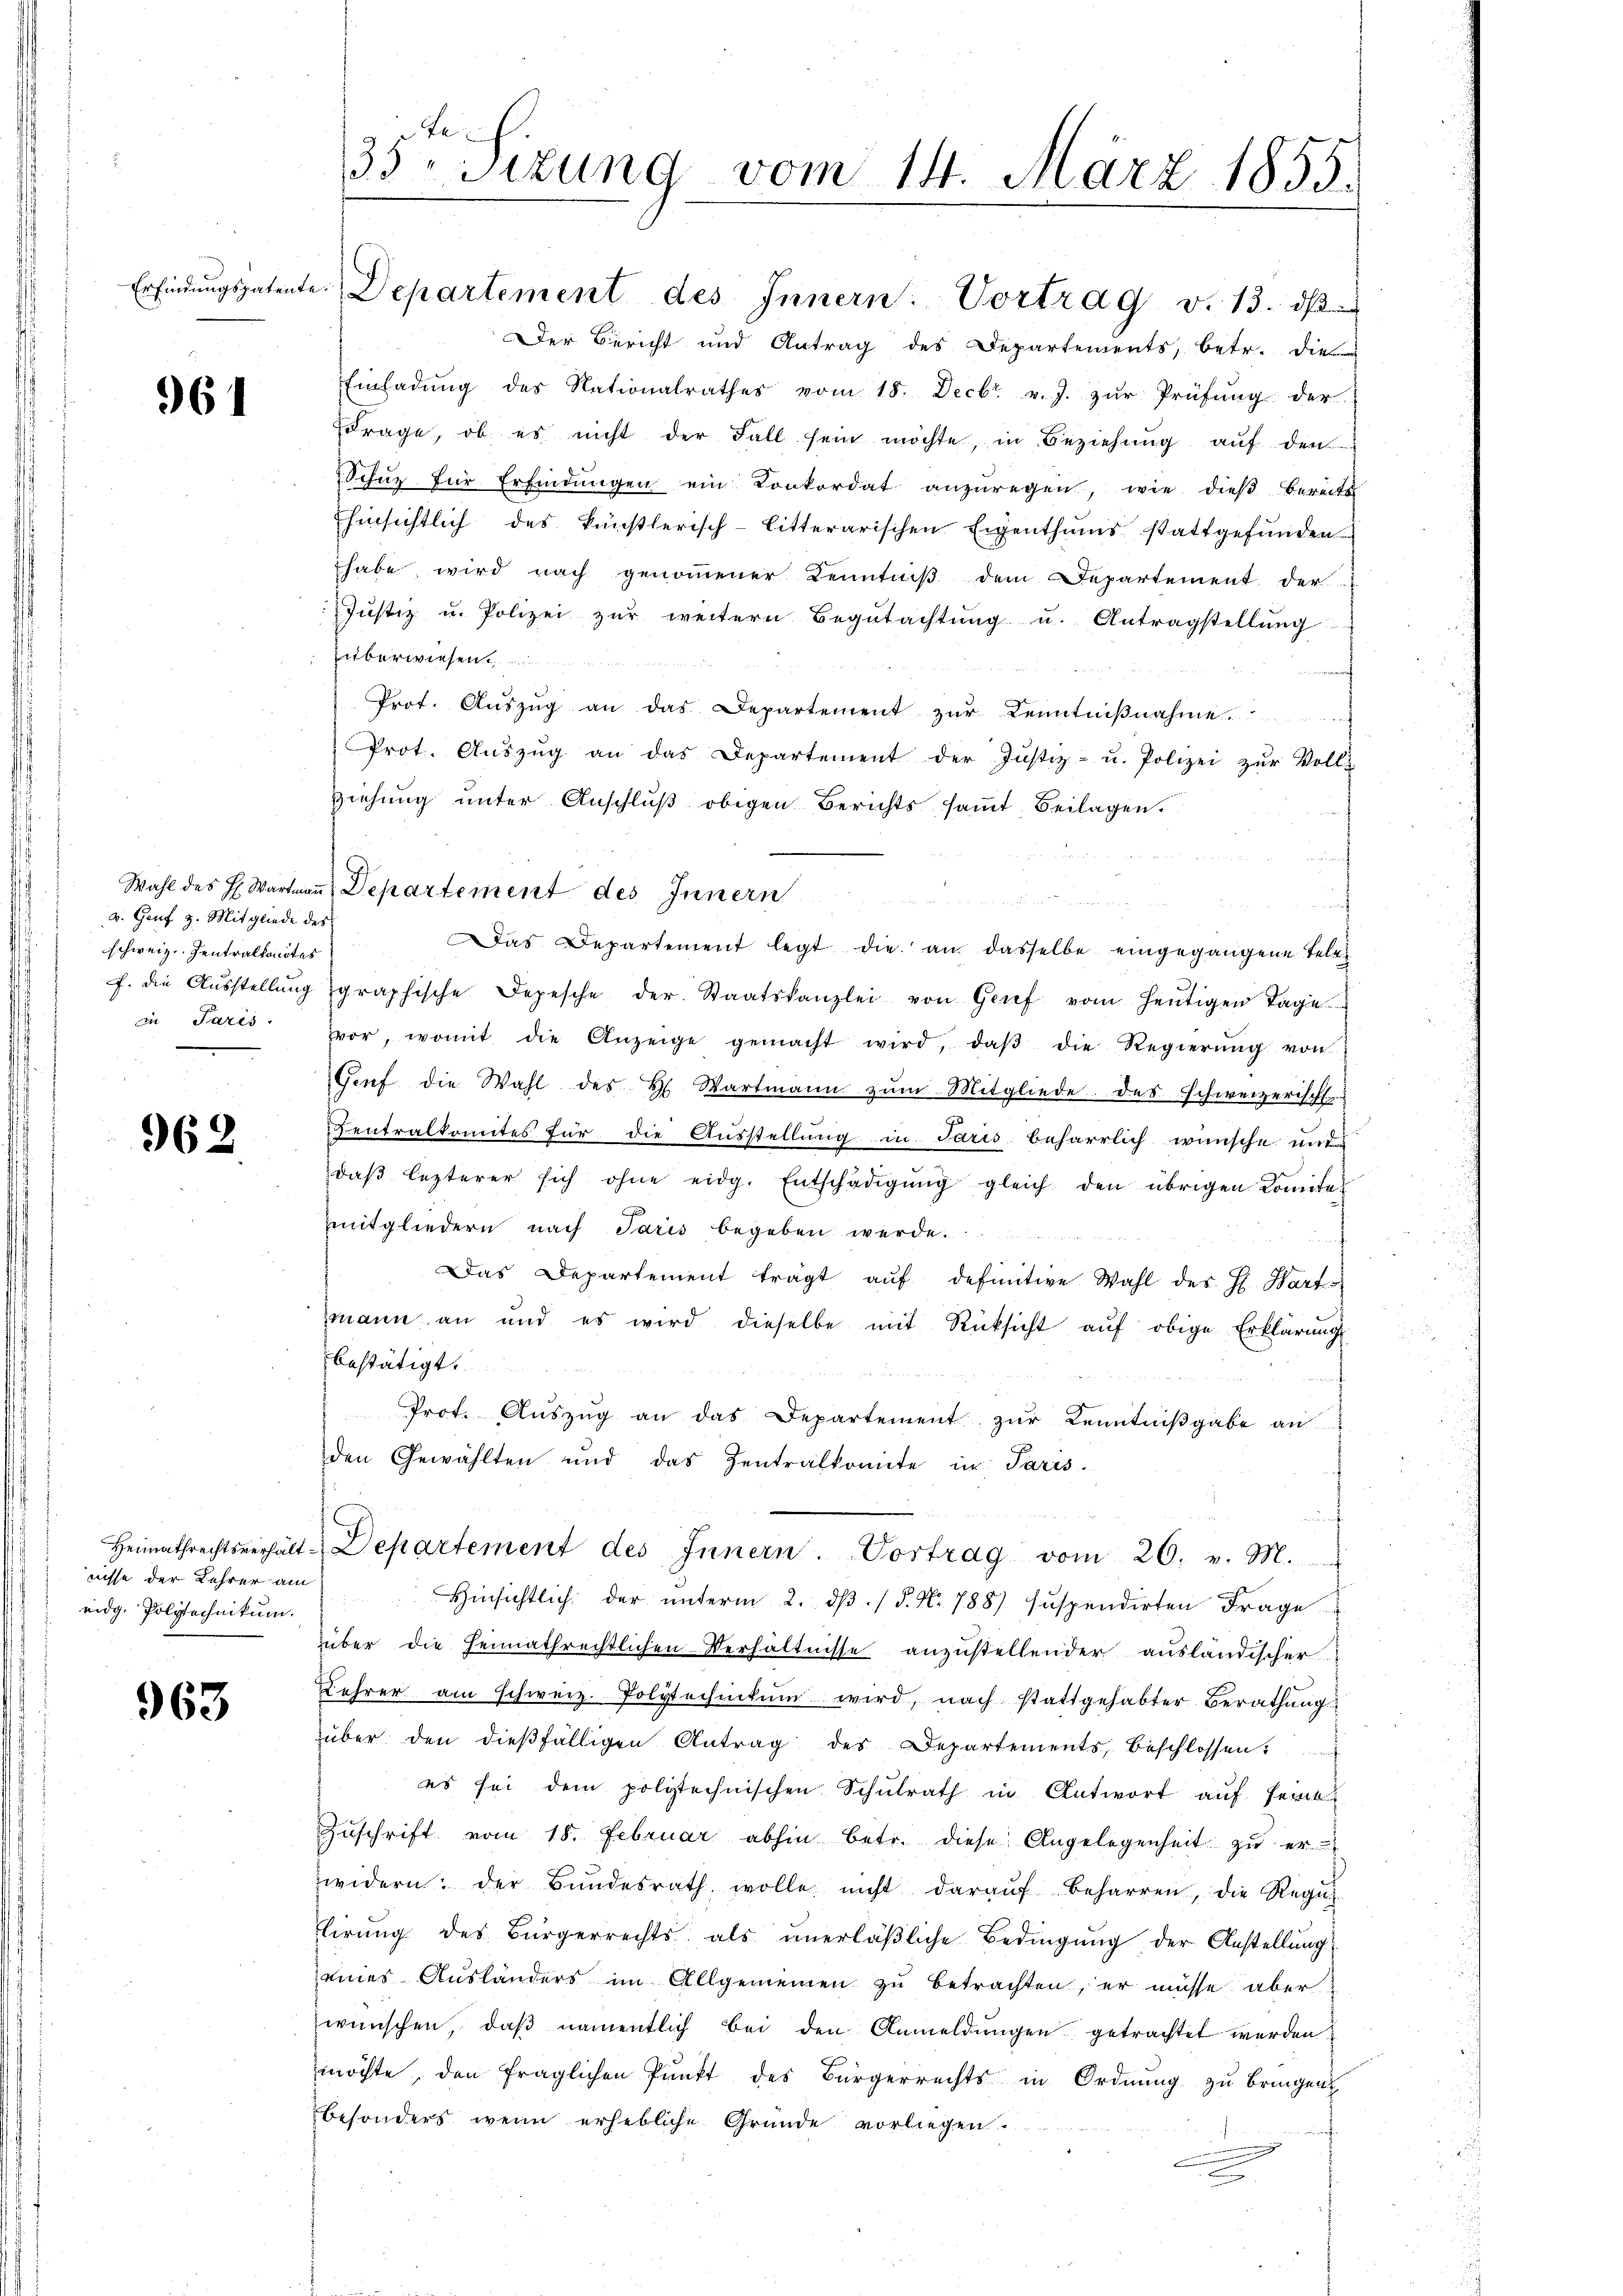
961

v. Genf z. Mitgliede des
schweiz. Zentralkontes
in Paris.

962

nisse der Lehrer am
eidg. Polytechnikum.

963

35. Sitzung vom 14. März 1855.

Erfindŭngspatente. Departement des Innern: Vortrag v. 13. ds
Der Bericht und Antrag des Departements, betr. die
Einladung des Nationalrathes vom 18. Decbr v. J. zŭr Prüfung der
Frage, ob es nicht der Fall sein möchte, in Beziehung auf den
Schŭz für Erfindungen ein Konkordat anzuregen, wie dieß bereits
hinsichtlich des künstlerisch-litterarischen Eigenthums stattgefunden
habe, wird nach genommener Kenntniß dem Departement der
Jŭstiz u. Polizei zŭr weitern Begŭtachtŭng u. Antragstellŭng
uüberwiesen.
Prot. Aŭszŭg an das Departement zŭr Kenntniβnahme.
Prot. Aŭszŭg an das Departement der Justiz- u. Polizei zŭr Volls
ziehung unter Anschluß obigen Berichts samt Beilagen.
in
Das Departement legt die an dasselbe eingegangene Tele
f. die Aŭsstellŭng graphische Depesche der Staatskanzlei von Grief vom heutigen Tage
vor, womit die Anzeige gemacht wird, daβ die Regierŭng von
Genf die Wahl des H. Wartmann zum Mitgliede des Schweizerische
s
entralkomites für die Ausstellung in Paris beharrlich wünsche mit
daβ lezterer sich ohne eidg. Entschädigŭng gleich den übrigen Komite-
mmitgliedern nach Paris begeben werde.
Das Departement trägt aŭf definitive Wahl des H. Hart
mann an und es wird dieselbe mit Rücksicht aŭf obige Erklärŭngs
bestätigt
Prot. Aŭszŭg an das Departement zŭr Kenntniβgabe an
den Gewählten und das Zentralkomite im Paris.
Heimathrechtsverhält-Departement des Innern. Vortrag vom 20. v. M.
 Hinsichtlich der ŭnterm 2. dβ. / 5. N. 788) suspendirten Frage
über die heimathrechtlichen Verhältnisse anzustellender ausländischer
Lehrer am schweiz. Polytechinkŭm wird, nach stattgehabter Berathung
über den dießfälligen Antrag des Departements, beschlossen.
es sei dem polytechnischen Schulrath in Antwort auf seine
Zŭschrift vom 18. Februar abhin betr. diese Angelegenheit zŭ er
widern: der Bŭndesrath, wolle nicht daraŭf beharren, die Regi
lirung des Bürgerrechts als unerläβliche Bedingung der Anstellung
eines Ausländers im Allgemeinen zu betrachten, er müsse aber
wünschen, daβ namentlich bei den Anmeldŭngen getrachtet werden
möchte, den fraglichen Pŭnkt des Bürgerrechts in Ordnŭng zu bringen.
besonders wenn erhebliche Gründe vorliegen.
r

Wahl des H. Wartman, Departement des Innern